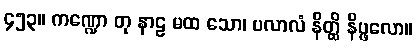
၄၅၃။ ကဏ္ဍော တု နာဠ မထ သော၊ ပလာလံ နိတ္ထိ နိပ္ဖလော။